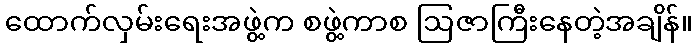
ထောက်လှမ်းရေးအဖွဲ့က စဖွဲ့ကာစ ဩဇာကြီးနေတဲ့အချိန်။